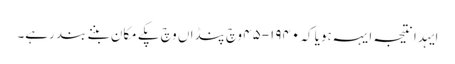
ایہدا نتیجہ ایہہ ہویا کہ ١٩٤٠-٤٥ وچ پنڈاں وچ پکے مکان بننے بند رہے۔